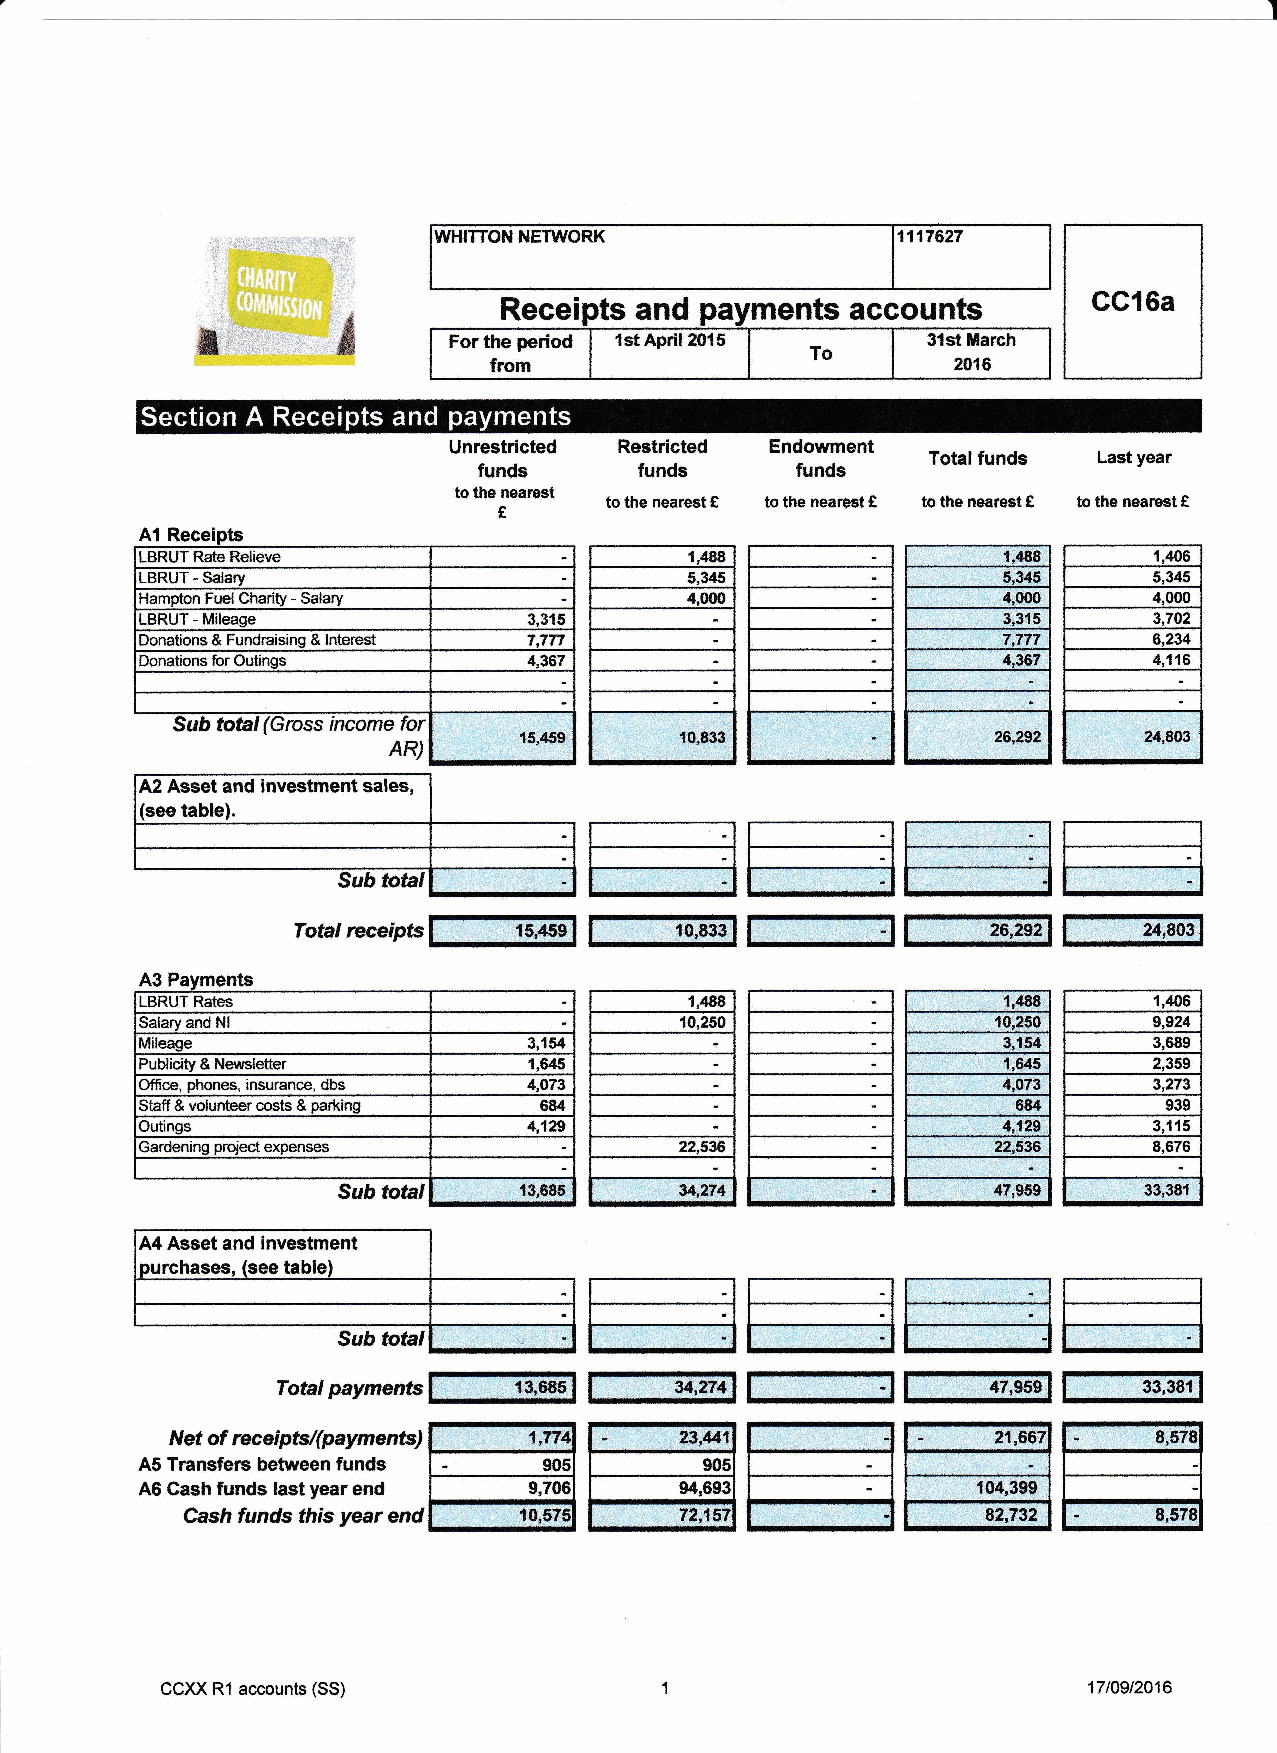
WHITTON NETWORK               1117827
 Receipts and payments  accounts
 Forthe period                  31stMarch
 To
 from                           2018
 s  e  k + y e ~  s ~   a
 Unrestricted Restricted Endowment
 Totalfunds  Last year
 funds     funds      funds
 tothe nearest              t
 tothe nearest 5 tothe nearest tothe nearest 8 tothe nearest E
 A1 Receipts
 LBRUTRateRelieve                     1,488                         1,406
 -
 LBRUT Salary
 Hampton Fuei Charity —Salary        4,000                          4,000
 LBRUT—Mileage             3,315                                    3,702
 Donations 5,Fundraising 8Interest ?,777                            6,234
 Donations rorOutings      4,367                                    4,116
 Sub total (Gross income for
 28,."292
 AR)
 A2 Asset and investment sales,
 (seetable).
 8utr total
 Total receipts "                                         24",883
 .
 A3 Pa ments
 LBRUTRates                          1,4SS                          1,406
 Salary and Nl                       10,250
 Mileage                                                            3,689
 Publicity 8Newsletter                                              2,359
 Office, phones, insurance, dbs 4,073                               3273
 939
 Outings                                                            3,115
 Gardening project expense                                          8,678
 13,888                          47,989.
 A4Asset and Investment
 purchases, (see table)
 Sub total '
 Total payments '                               47,989.'   33,381
 Net ofreceiptsl(payments) $77     23441,               2'f,887   $,578
 .                                         .
 A5 Transfers between funds           905
 A6 Cash funds last year end         94,893
 Cash funds this year end         72,157;             .'82,732   8,578
 GGXXR1accounts (SS)                                          'I7/09/2018